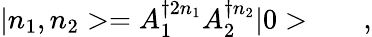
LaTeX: {}|n_{1},n_{2}>=A_{1}^{\dagger 2{n_{1}}}A_{2}^{\dagger{n_{2}}}|0>\qquad,